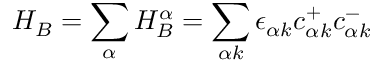
H _ { B } = \sum _ { \alpha } H _ { B } ^ { \alpha } = \sum _ { \alpha k } \epsilon _ { \alpha k } c _ { \alpha k } ^ { + } c _ { \alpha k } ^ { - }